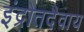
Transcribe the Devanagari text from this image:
इंद्रोतदैवाय